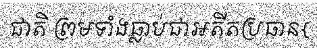
ជាតិ ព្រមទាំងធ្លាប់ជាអតីតប្រធាន{